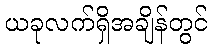
ယခုလက်ရှိအချိန်တွင်